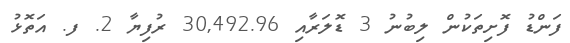
ފަންޑު ފޮށިތަކުން ލިބުނު 3 ޑޮލަރާއި 30